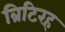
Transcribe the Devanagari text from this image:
ब्रिटिरह